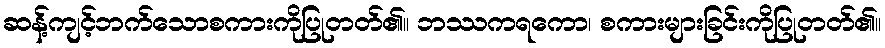
ဆန့်ကျင့်ဘက်သောစကားကိုပြုတတ်၏။ ဘဿကရကော၊ စကားများခြင်းကိုပြုတတ်၏။